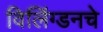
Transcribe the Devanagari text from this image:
विलिंग्डनचे